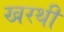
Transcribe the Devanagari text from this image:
खरथी